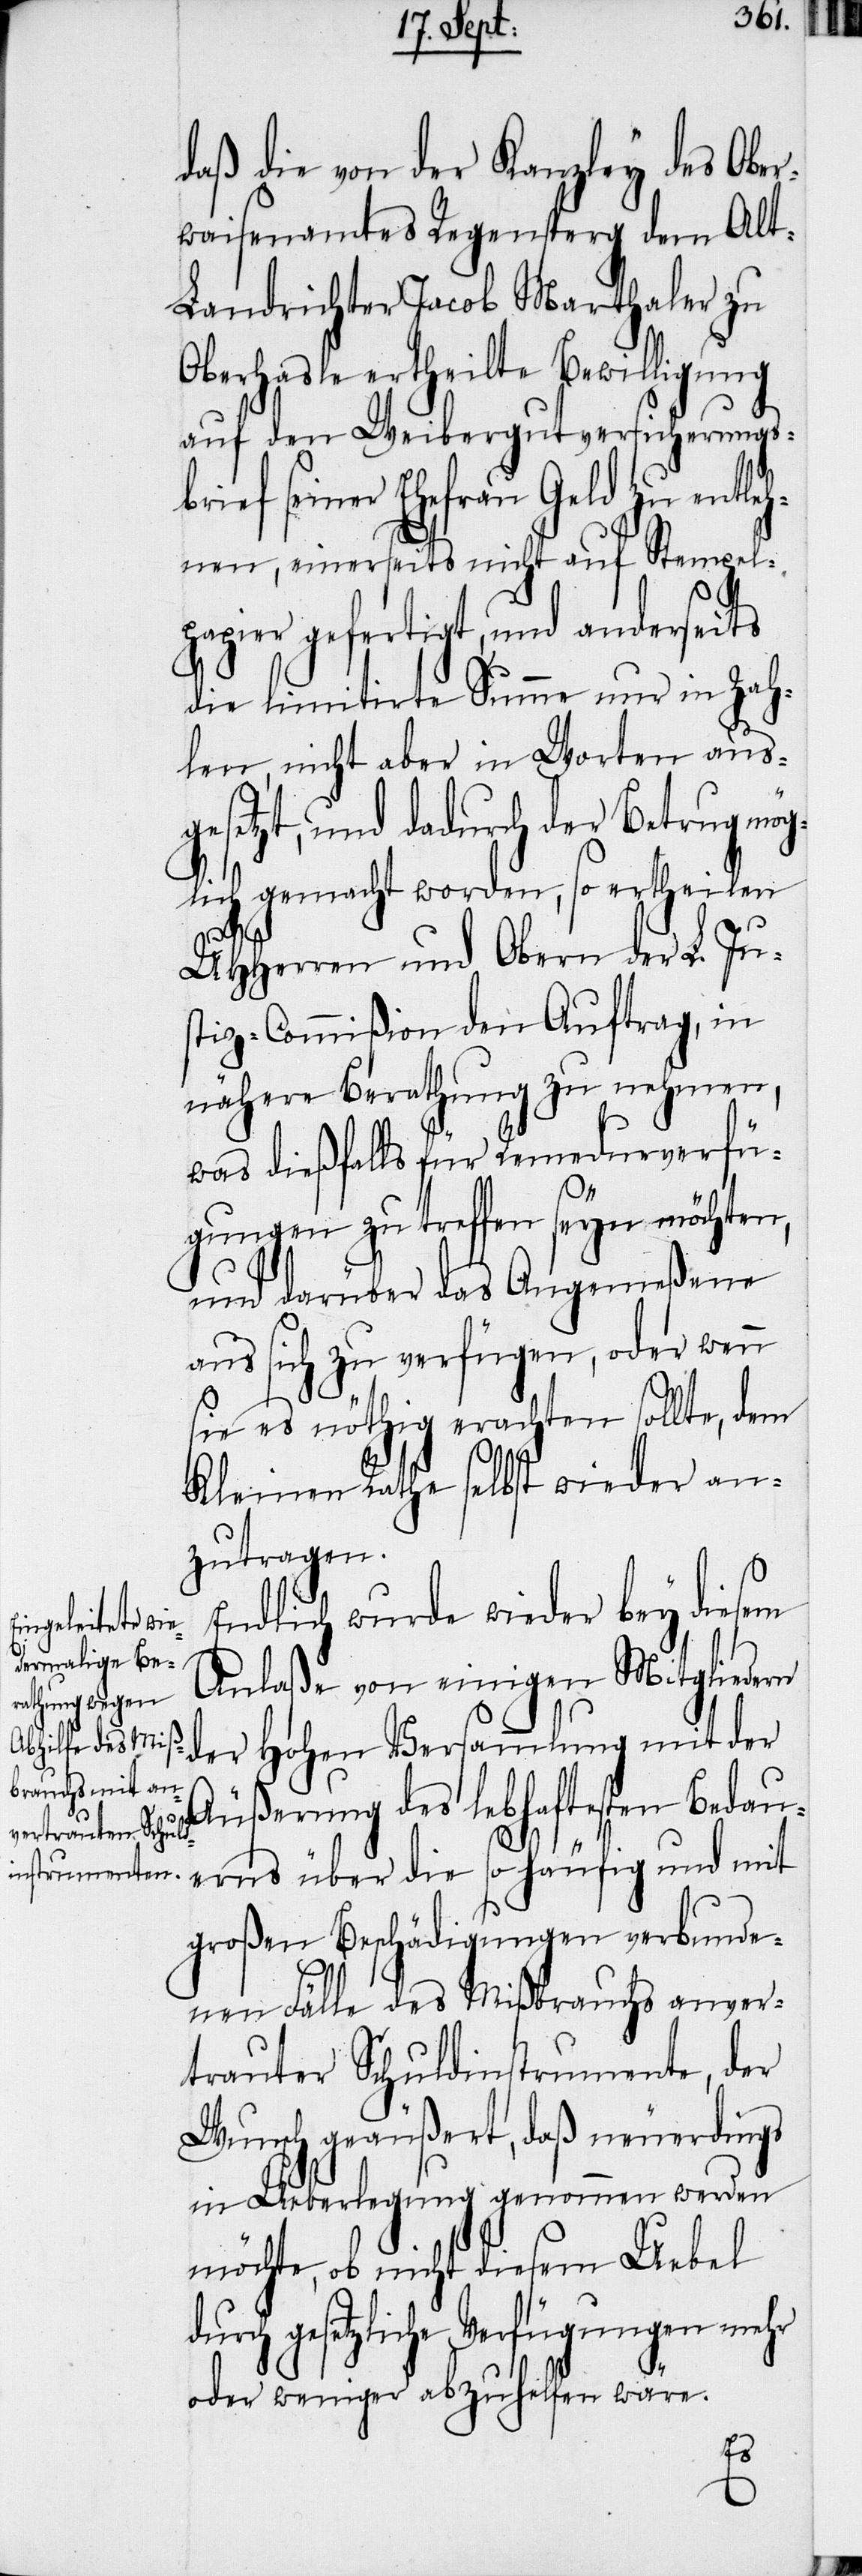
daß die von der Kanzley des Ober¬
waisenamtes Regensperg dem Al¬
t-Landrichter Jacob Marthaler zu
Oberhasle ertheilte Bewilligung
auf den Weibergutversicherungs¬
brief seiner Ehefrau Geld zu entleh¬
nen, einerseits nicht auf Stempel¬
papier gefertigt, und anderseits
die limitirte Summe nur in Zah¬
len, nicht aber in Worten aus¬
gesetzt, und dadurch der Betrug mög¬
lich gemacht worden, so ertheilen
UHHerren und Obern der L. Ju¬
stiz-Commißion den Auftrag, in
nähere Berathung zu nehmen,
was dießfalls für Remedurverfü¬
gungen zu treffen seyn möchten,
und darüber das Angemeßene
aus sich zu verfügen, oder wenn
sie es nöthig erachten sollte, dem
Kleinen Rathe selbst wieder an¬
zutragen.
Endlich wurde wieder bey diesem
Anlaße von einigen Mitgliedern
der Hohen Versammlung mit der
Äußerung des lebhaftesten Bedau¬
erns über die so häufig und mit
großen Beschädigungen verbunde¬
nen Fälle des Mißbrauchs anver¬
trauter Schuldinstrumente, der
Wunsch geäußert, daß neuerdings
in Ueberlegung genommen werden
möchte, ob nicht diesem Uebel
durch gesetzliche Verfügungen mehr
oder weniger abzuhelfen wäre.